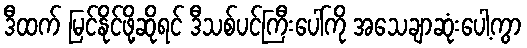
ဒီထက် မြင်နိုင်ဖို့ဆိုရင် ဒီသစ်ပင်ကြီးပေါ်ကို အသေချာဆုံးပေါ့ကွာ